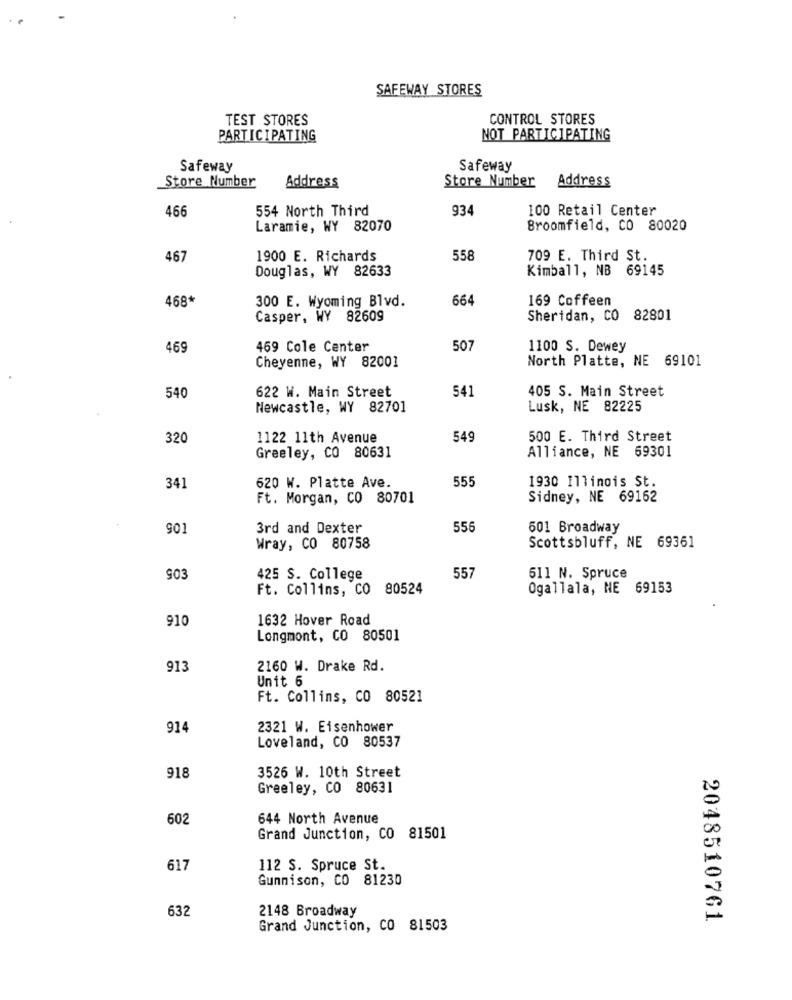
SAFEWAY STORES
TEST STORES
CONTROL STORES
PARTICIPATING
NOT PARTICIPATING
Safeway
Safeway
Store Number
Address
Store Number
Address
466
554 North Third
934
100 Retail Center
Laramie, WY 82070
Broomfield, CO 80020
467
1900 E. Richards
558
709 E. Third St.
Douglas, WY 82633
Kimball, NB 69145
468*
300 E. Wyoming Blvd.
664
169 Coffeen
Casper, WY 82609
Sheridan, CO 82801
469
469 Cole Center
507
1100 S. Dewey
North Platte, NE 69101
Cheyenne, WY 82001
540
541
405 S. Main Street
622 W. Main Street
Newcastle, WY 82701
Lusk, NE 82225
320
1122 11th Avenue
549
500 E. Third Street
Alliance, NE 69301
Greeley, CO 80631
555
1930 Illinois St.
341
620 W. Platte Ave.
Ft. Morgan, CO 80701
Sidney, NE 69162
901
3rd and Dexter
556
601 Broadway
Wray, CO 80758
Scottsbluff, NE 69361
E05
557
425 S. College
611 N. Spruce
Ft. Collins, CO 80524
Ogallala, NE 69153
910
1632 Hover Road
Longmont, CO 80501
913
2160 W. Drake Rd.
Unit 6
Ft. Collins, CO 80521
914
2321 W. Eisenhower
Loveland, CO 80537
918
3526 W. 10th Street
Greeley, CO 80631
602
644 North Avenue
Grand Junction, CO 81501
617
112 S. Spruce St.
Gunnison, CO 81230
632
2148 Broadway
2048510761
Grand Junction, CO 81503